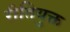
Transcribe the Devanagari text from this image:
रीतियुक्त